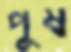
পুষ